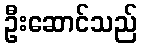
ဦးဆောင်သည်